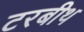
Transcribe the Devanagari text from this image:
टरबीथ